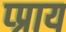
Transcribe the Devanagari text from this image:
प्प्राय